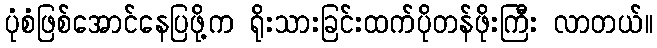
ပုံစံဖြစ်အောင်နေပြဖို့က ရိုးသားခြင်းထက်ပိုတန်ဖိုးကြီး လာတယ်။